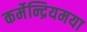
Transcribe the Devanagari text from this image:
कर्मेन्द्रियमया